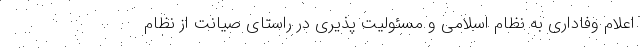
اعلام وفاداری به نظام اسلامی و مسئولیت پذیری در راستای صیانت از نظام